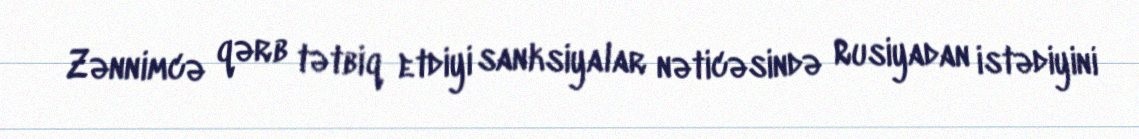
Zənnimcə qərb tətbiq etdiyi sanksiyalar nəticəsində Rusiyadan istədiyini